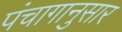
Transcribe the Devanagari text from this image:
पंंचागानुसार